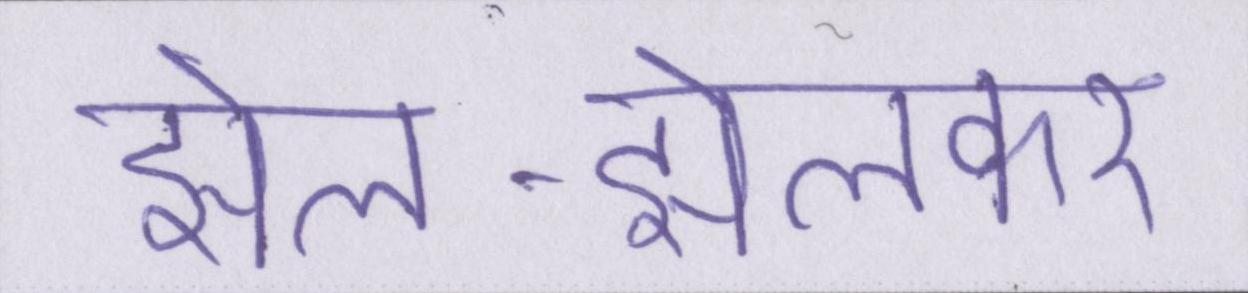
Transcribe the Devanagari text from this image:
झेल-झेलकर